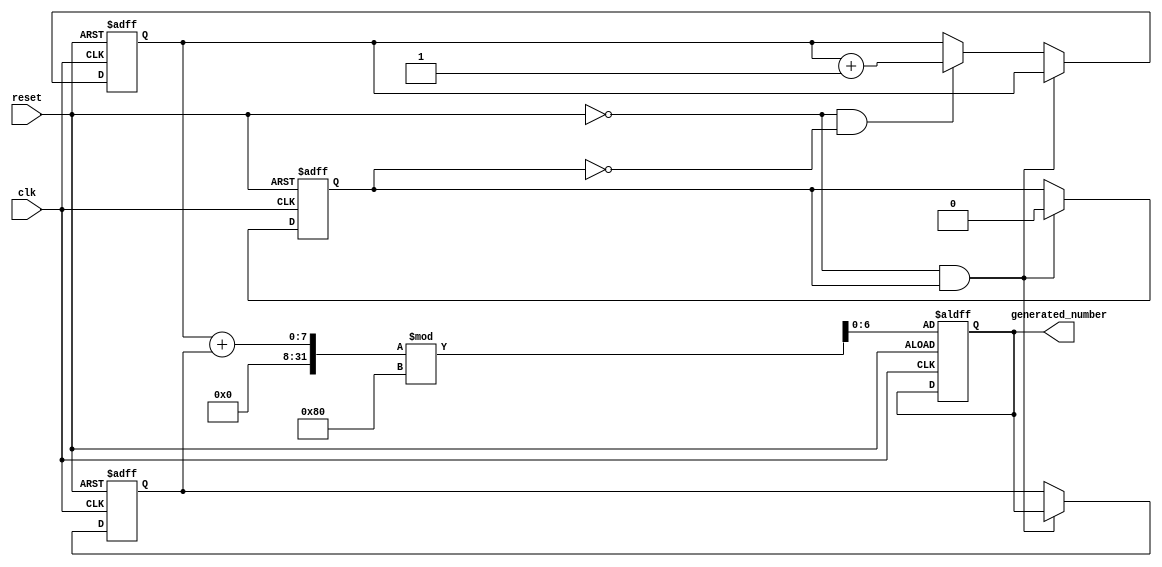
`timescale 1ns / 1ps
//////////////////////////////////////////////////////////////////////////////////
// Company: 
// Engineer: 
// 
// Design Name: 
// Module Name: num_generator
// Project Name: 
// Target Devices: 
// Tool Versions: 
// Description: 
// 
// Dependencies: 
// 
// Revision:
// Revision 0.01 - File Created
// Additional Comments:
// 
//////////////////////////////////////////////////////////////////////////////////


module num_generator(
    input clk,
    input reset,
    output reg [6:0] generated_number
);

reg [6:0] clock_counter = 0;
reg [6:0] last_number = 10;
reg reset_prev = 0; //      

always @(posedge clk or posedge reset) begin
    if (reset) begin
        clock_counter <= 0;
        last_number <= 0;
        generated_number <= (clock_counter + last_number) % 128; //  ,   
        reset_prev <= 1; //   
    end else if (!reset && reset_prev) begin
        //       (,     )
        reset_prev <= 0; //   
        //  
        last_number <= generated_number;
    end else if (!reset && !reset_prev) begin
        //   ,     
        //   
        clock_counter <= clock_counter + 1;
    end
end

endmodule